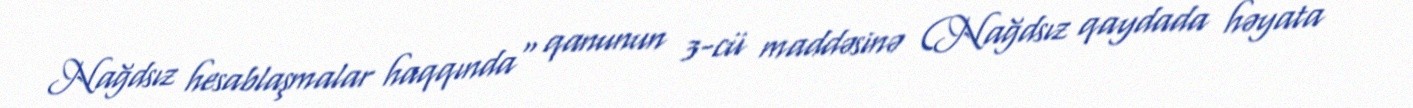
Nağdsız hesablaşmalar haqqında" qanunun 3-cü maddəsinə (Nağdsız qaydada həyata